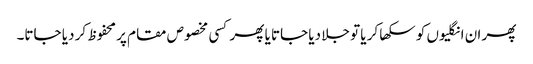
پھر ان انگلیوں کو سکھا کر یا تو جلا دیا جاتا یا پھر کسی مخصوص مقام پر محفوظ کر دیا جاتا۔